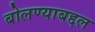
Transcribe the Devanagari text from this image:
बोलण्याबद्दल